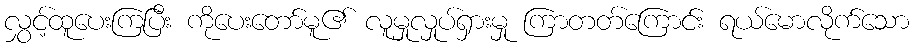
လွှင့်ထူပေးကြပြီး ကိုပေးတော်မူ၏ လူမှုလှုပ်ရှားမှု ကြာတတ်ကြောင်း ရယ်မောလိုက်သော